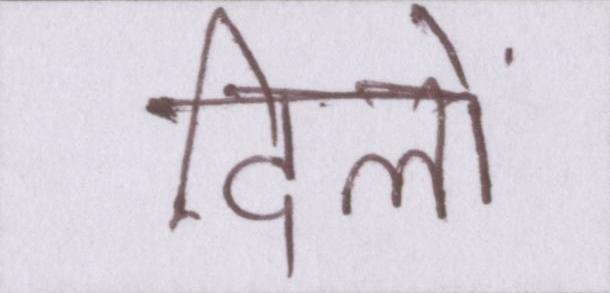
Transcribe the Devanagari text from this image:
दिलों